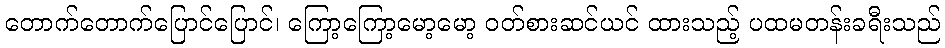
တောက်တောက်ပြောင်ပြောင်၊ ကြော့ကြော့မော့မော့ ဝတ်စားဆင်ယင် ထားသည့် ပထမတန်းခရီးသည်